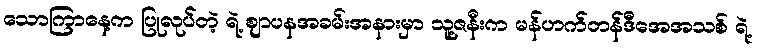
သောကြာနေ့က ပြုလုပ်တဲ့ ရဲ့ ဈာပနအခမ်းအနားမှာ သူ့ဇနီးက မန်ဟက်တန်ဒီအေအသစ် ရဲ့